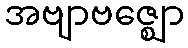
အဗျာဗဇ္ဈော